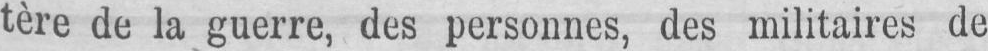
tère de la guerre, des personnes, des militaires de